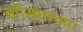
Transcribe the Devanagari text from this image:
कोड्याच्या